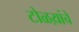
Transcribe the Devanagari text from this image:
टोळय़ांचे